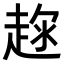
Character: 𧼇